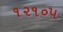
૧૨૧૦૫